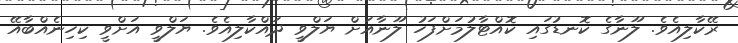
ރޭކާލިއެވެ. ލޫނާގެ ކޮނޑުގައި ކޮއްޓާލުމަށްފަހު ލޫނާއަށް ޔަލްވީ ދައްކާލިއެވެ. ޔަލްވީ އަށްވީ ކިހިނެއްބާއޭ